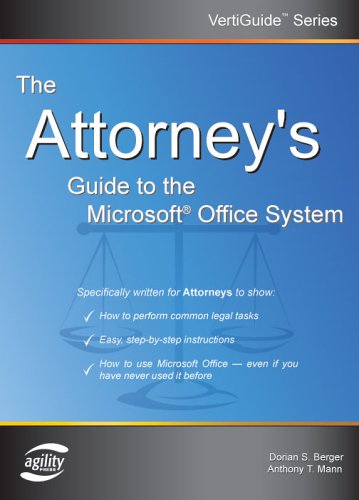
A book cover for The Attorney's Guide To The Microsoft Office System (VertiGuide); Dorian S. Berger; Law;